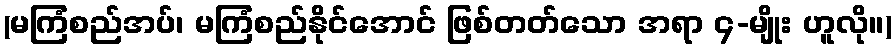
(မကြံစည်အပ်၊ မကြံစည်နိုင်အောင် ဖြစ်တတ်သော အရာ ၄-မျိုး ဟူလို။)